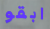
ابقو